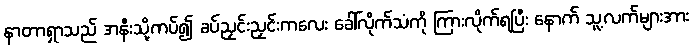
နာတာရှာသည် အနီးသို့ကပ်၍ ခပ်ညှင်းညှင်းကလေး ခေါ်လိုက်သံကို ကြားလိုက်ရပြီး နောက် သူ့လက်များအား